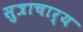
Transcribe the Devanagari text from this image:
सुत्राचार्य